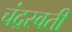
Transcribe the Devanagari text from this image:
चंद्रस्वती